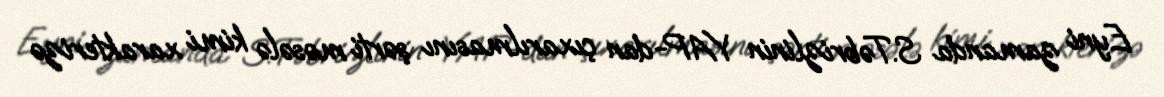
Eyni zamanda S.Təbrizlinin YAP-dan çıxarılmasını şərti məsələ kimi xarakterizə